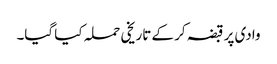
وادی پر قبضہ کر کے تاریخی حملہ کیا گیا۔